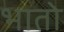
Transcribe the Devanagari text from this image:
भातो